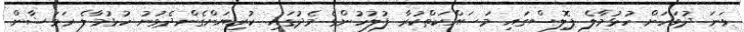
ވަނަ ދުވަހަށް ހުޅުމާލެ ޕޮލިސްގައި މަސައްކަތްކުރާ ފުލުހުންގެ މެދުގައި ކުރިޔަށްގެންދެވުނު ހުޅުމާލެ ރަމަޟާން